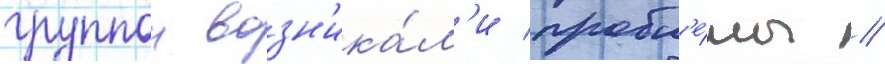
группои возн'ика́л'и пробл'е́мы /